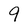
Character: 9